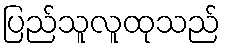
ပြည်သူလူထုသည်